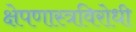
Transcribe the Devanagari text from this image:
क्षेपणास्त्रविरोधी